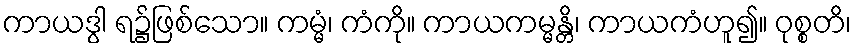
ကာယဒွါ ရ၌ဖြစ်သော။ ကမ္မံ၊ ကံကို။ ကာယကမ္မန္တိ၊ ကာယကံဟူ၍။ ဝုစ္စတိ၊